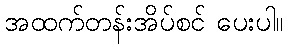
အထက်တန်းအိပ်စင် ပေးပါ။